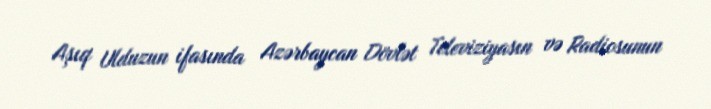
Aşıq Ulduzun ifasında Azərbaycan Dövlət Televiziyasın və Radiosunun